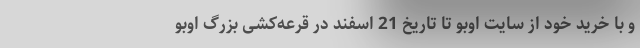
و با خرید خود از سایت اوبو تا تاریخ 21 اسفند در قرعه‌کشی بزرگ اوبو